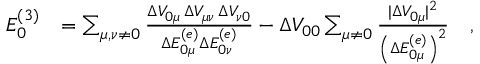
\begin{array} { r l } { E _ { 0 } ^ { ( 3 ) } } & { = \sum _ { \mu , \nu \neq 0 } \frac { \Delta V _ { 0 \mu } \, \Delta V _ { \mu \nu } \, \Delta V _ { \nu 0 } } { \Delta E _ { 0 \mu } ^ { ( e ) } \Delta E _ { 0 \nu } ^ { ( e ) } } - \Delta V _ { 0 0 } \sum _ { \mu \neq 0 } \frac { \vert \Delta V _ { 0 \mu } \vert ^ { 2 } } { \left( \Delta E _ { 0 \mu } ^ { ( e ) } \right) ^ { 2 } } \quad , } \end{array}